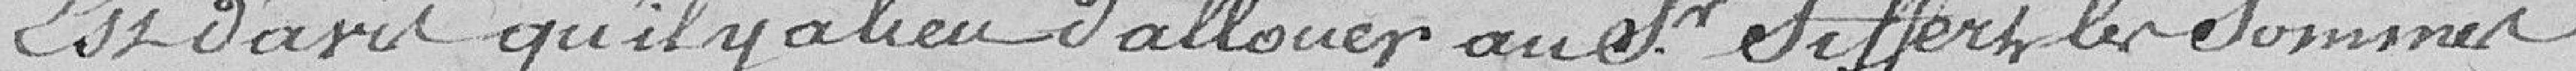
Est d'avis qu'il y a lieu d'allouer au Sieur Siffert les sommes